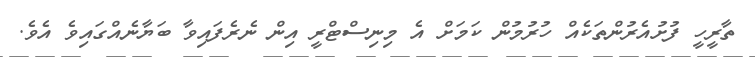
ތާރީހީ ފުށުއެރުންތަކެއް ހުރުމުން ކަމަށް އެ މިނިސްޓްރީ އިން ނެރެފައިވާ ބަޔާނެއްގައިވެ އެވެ.